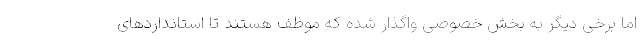
اما برخی دیگر به بخش خصوصی واگذار شده که موظف هستند تا استانداردهای